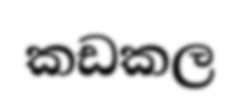
කඩකල